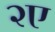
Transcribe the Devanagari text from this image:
२ए